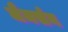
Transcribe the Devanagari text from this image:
जैमर्सन